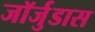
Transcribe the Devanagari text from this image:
जॉर्जुडास